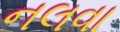
નલવા